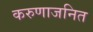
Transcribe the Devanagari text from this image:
करुणाजनित